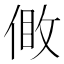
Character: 𠊹